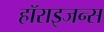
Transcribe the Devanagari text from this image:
हॉराइजन्स